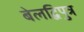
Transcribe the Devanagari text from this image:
बेलद्विपुत्र